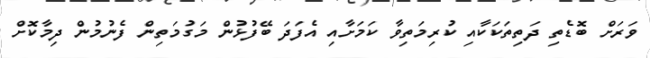
ވަރަށް ބޮޑެތި ދަތިތަކަކާއި ކުރިމަތިވާ ކަމަށާއި އެފަދަ ބޭފުޅުން މަގުމަތިން ފެނުމުން ދިމާކޮށް